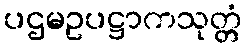
ပဌမဥပဋ္ဌာကသုတ္တံ